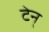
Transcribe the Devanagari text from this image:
टेन्